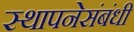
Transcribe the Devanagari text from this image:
स्थापनेसंबंधी